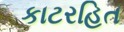
કાટરહિત